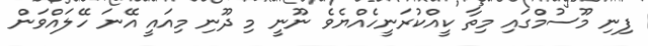
ފިނި މޫސުމްގައި މިތާ ކީއްކުރަނީހެއްޔެވެ ނޫނީ މި ދޫނި މިއައީ އޭނަ ހޭލައްވަން